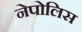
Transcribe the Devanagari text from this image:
नेपोलिस